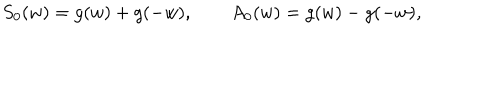
S _ { 0 } ( w ) = g ( w ) + g ( - w ) , \qquad A _ { 0 } ( w ) = g ( w ) - g ( - w ) ,